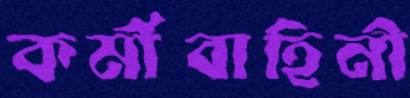
কর্মীবাহিনী